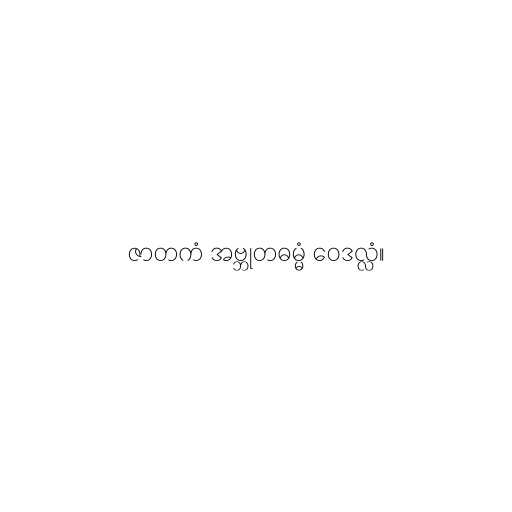
ဇာတကံ အဗ္ဘုတဓမ္မံ ဝေဒလ္လံ။